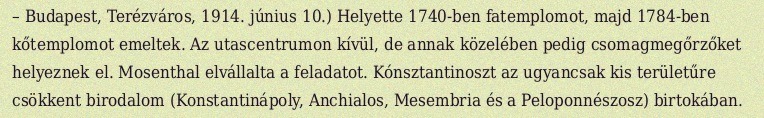
– Budapest, Terézváros, 1914. június 10.) Helyette 1740-ben fatemplomot, majd 1784-ben kőtemplomot emeltek. Az utascentrumon kívül, de annak közelében pedig csomagmegőrzőket helyeznek el. Mosenthal elvállalta a feladatot. Kónsztantinoszt az ugyancsak kis területűre csökkent birodalom (Konstantinápoly, Anchialos, Mesembria és a Peloponnészosz) birtokában.